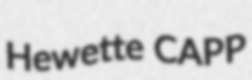
Hewette CAPP